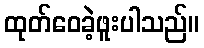
ထုတ်ဝေခဲ့ဖူးပါသည်။